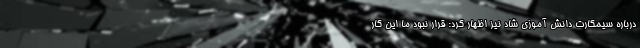
درباره سیمکارت دانش آموزی شاد نیز اظهار کرد: قرار نبود ما این کار